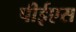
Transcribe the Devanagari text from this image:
पीईएस